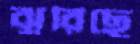
ঝুরিছে